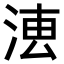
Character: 𣶣